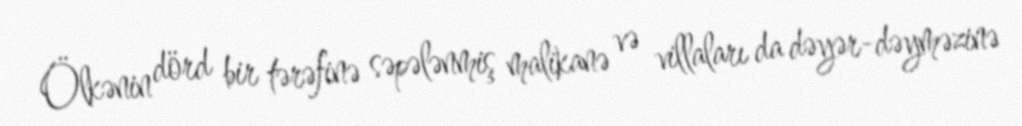
Ölkənin dörd bir tərəfinə səpələnmiş malikanə və villaları da dəyər-dəyməzinə